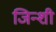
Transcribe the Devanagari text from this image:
जिन्शी